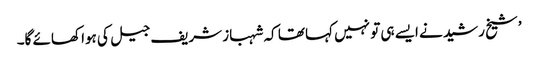
’شیخ رشید نے ایسے ہی تو نہیں کہا تھا کہ شہباز شریف جیل کی ہوا کھائے گا۔